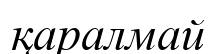
қаралмай